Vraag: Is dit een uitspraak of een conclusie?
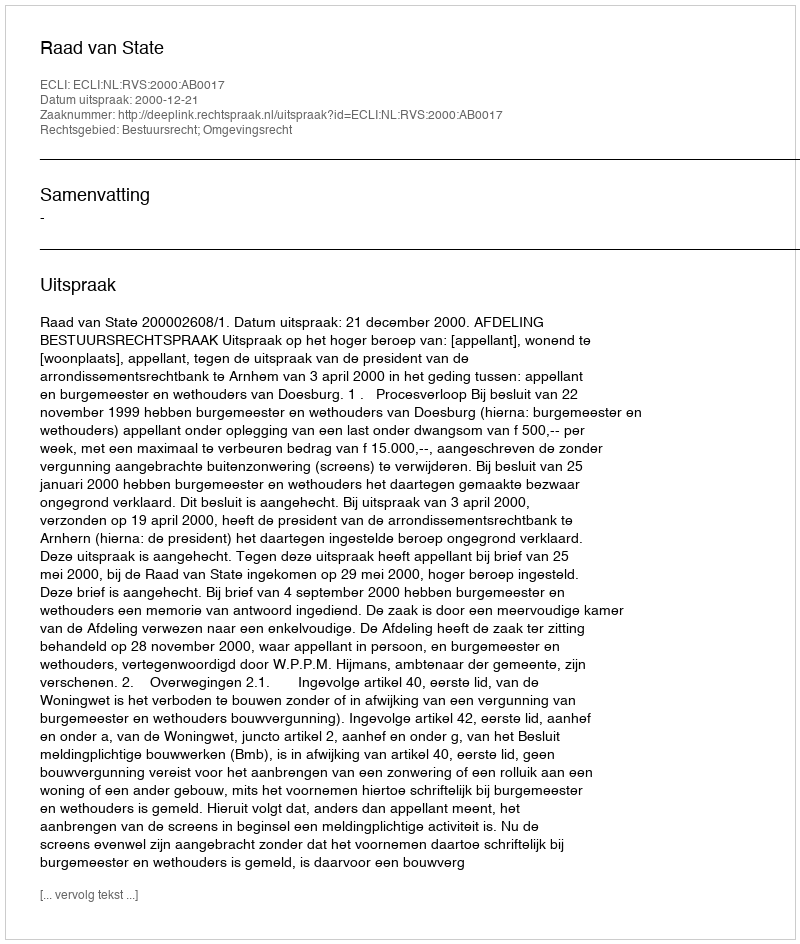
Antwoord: Uitspraak